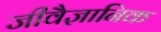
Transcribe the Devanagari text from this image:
जीवैज्ञानिक